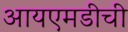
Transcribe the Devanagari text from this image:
आयएमडीची